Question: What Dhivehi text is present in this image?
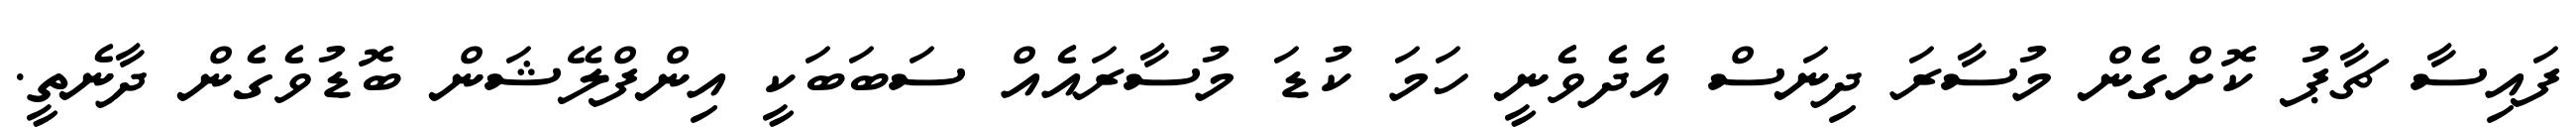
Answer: ފައިސާ ޗާޕު ކޮށްގެން މުސާރަ ދިނަސް އެދެވެނީ ހަމަ ކުޑަ މުސާރައެއް ސަބަބަކީ އިންފްލޭޝަން ބޮޑުވެގެން ދާނެތީ.